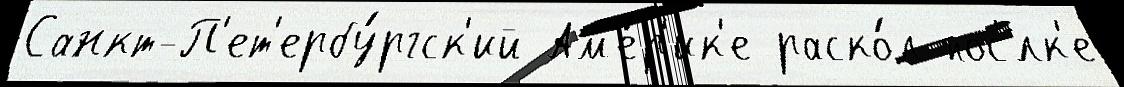
Санкт-П'ет'ербу́ргск'ий Ам'е́р'ик'е раско́л пос'́лк'е